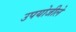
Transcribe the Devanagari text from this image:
उपयोजीले